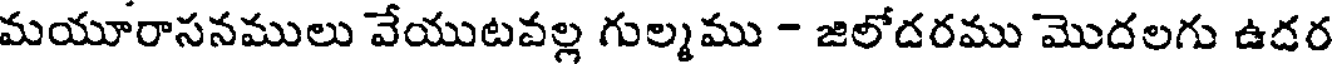
మయూరాసనములు వేయుటవల్ల గుల్మము - జిలోదరము మొదలగు ఉదర